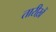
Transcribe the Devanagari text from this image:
तारीख़ें